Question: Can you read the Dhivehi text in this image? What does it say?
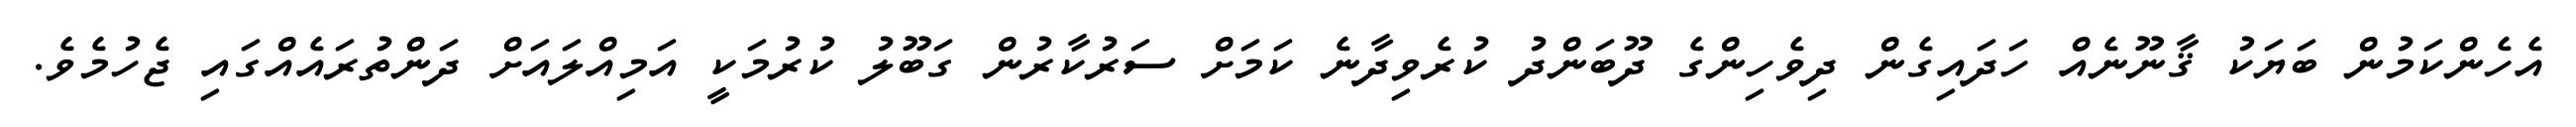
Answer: އެހެންކަމުން ބަޔަކު ޤާނޫނެއް ހަދައިގެން ދިވެހިންގެ ދޫބަންދު ކުރެވިދާނެ ކަމަށް ސަރުކާރުން ގަބޫލު ކުރުމަކީ އަމިއްލައަށް ދަންތުރައެއްގައި ޖެހުމެވެ.